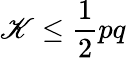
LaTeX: \mathscr{K}\leq{\frac{{1}}{{2}}}pq